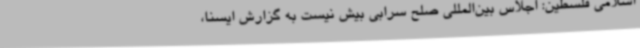
اسلامی فلسطین: اجلاس بین‌المللی صلح سرابی بیش نیست به گزارش ایسنا،